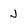
Character: J